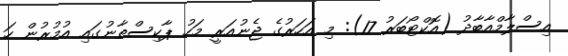
އިސްލާމްއާބާދު (އޮކްޓޯބަރު 17): މި އަހަރުގެ ޖެނުއަރީ މަހު ޕާކިސްތާނުގައި އުމުރުން ހަ